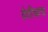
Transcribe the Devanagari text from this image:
देवीचाच